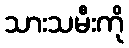
သားသမီးကို